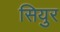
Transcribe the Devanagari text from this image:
सियुर